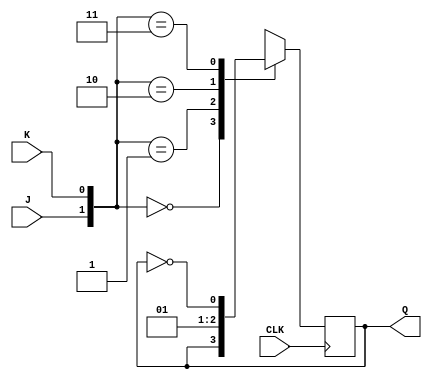
module jkFlipFlop (J, K, CLK, Q);
  input J, K, CLK;
  output Q;
  
  reg Q;
  
  initial
    begin
      Q = 0;
  end
  
  always @ (posedge CLK)
  begin
    case ({J, K})
      {1'b0, 1'b0}:
      begin
        Q = Q;
      end
      
      {1'b0, 1'b1}:
      begin
        Q = 0;
      end
      
      {1'b1, 1'b0}:
      begin
        Q = 1;
      end
      
      {1'b1, 1'b1}:
      begin
        Q = ~Q;
      end
    endcase
  end
endmodule